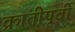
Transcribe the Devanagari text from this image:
क्रांतीपूर्वी